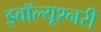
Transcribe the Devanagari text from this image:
इवॉल्यूश्नरी